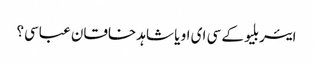
ایئر بلیو کے سی ای او یا شاہد خاقان عباسی؟